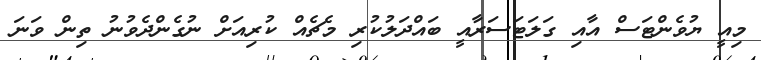
މިއީ ޔުވެންޓަސް އާއި ގަލަޓަސަރާއީ ބައްދަލުކުރި މެޗެއް ކުރިއަށް ނުގެންދެވުނު ތިން ވަނަ